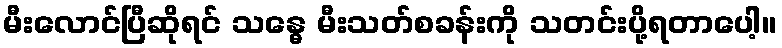
မီးလောင်ပြီဆိုရင် သန္ဓေ မီးသတ်စခန်းကို သတင်းပို့ရတာပေါ့။